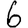
Digit: 6